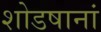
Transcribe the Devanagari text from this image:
शोडषानां